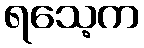
ရသေ့က